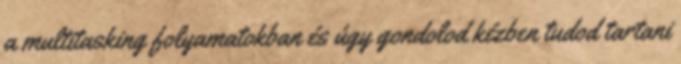
a multitasking folyamatokban és úgy gondolod kézben tudod tartani